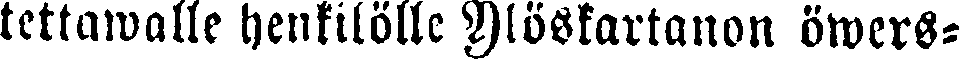
tettawalle henkilölle Ylöskartanon öwers-